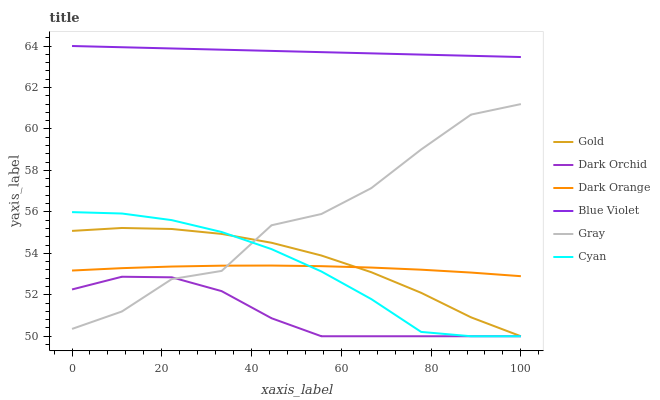
| xaxis_label | Gold | Dark Orchid | Dark Orange | Blue Violet | Gray | Cyan |
 | --- | --- | --- | --- | --- | --- | --- |
 | 0 | 55.1 | 52.3 | 53.2 | 64 | 50.4 | 56 |
 | 11.1 | 55.2 | 52.9 | 53.3 | 63.9 | 51.2 | 55.9 |
 | 22.2 | 55.2 | 52.8 | 53.4 | 63.9 | 52.8 | 55.6 |
 | 33.3 | 54.9 | 52.2 | 53.4 | 63.8 | 53.2 | 55 |
 | 44.4 | 54.5 | 50.9 | 53.4 | 63.8 | 55.4 | 54.2 |
 | 55.6 | 53.9 | 50 | 53.4 | 63.7 | 55.9 | 53.1 |
 | 66.7 | 53.1 | 50 | 53.3 | 63.6 | 57.1 | 51.8 |
 | 77.8 | 52.1 | 50 | 53.2 | 63.6 | 59 | 50.2 |
 | 88.9 | 50.9 | 50 | 53.1 | 63.5 | 60.7 | 50 |
 | 100 | 50 | 50 | 52.9 | 63.5 | 61.2 | 50 |